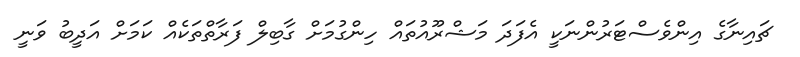
ޗައިނާގެ އިންވެސްޓަރުންނަކީ އެފަދަ މަޝްރޫއުތައް ހިންގުމަށް ގާބިލް ފަރާތްތަކެއް ކަމަށް އަދީބު ވަނީ